Annual administration and progress report of the Indian Medical Department, Bombay
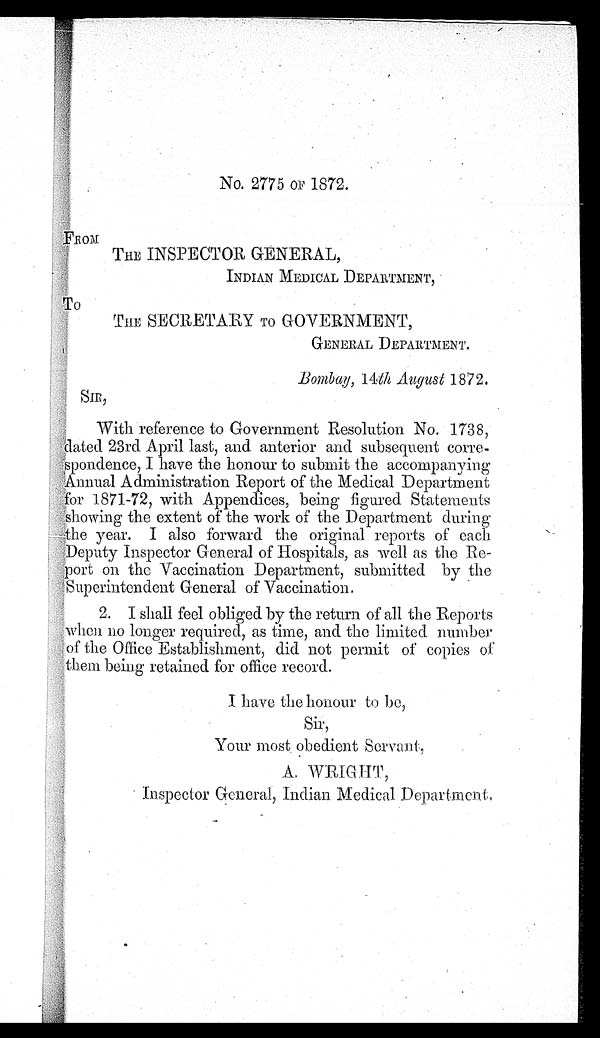
No. 2775 OF 1872.
FROM
THE INSPECTOR GENERAL,
INDIAN MEDICAL DEPARTMENT,
TO
THE SECRETARY TO GOVERNMENT,
GENERAL DEPARTMENT.
Bombay, 14th August 1872.
SIR,
With reference to Government Resolution No. 1738,
dated 23rd April last, and anterior and subsequent corre-
spondence, I have the honour to submit the accompanying
Annual Administration Report of the Medical Department
for 1871-72, with Appendices, being figured Statements
showing the extent of the work of the Department during
the year. I also forward the original reports of each
Deputy Inspector General of Hospitals, as well as the Re-
port on the Vaccination Department, submitted by the
Superintendent General of Vaccination.
2. I shall feel obliged by the return of all the Reports
when no longer required, as time, and the limited number
of the Office Establishment, did not permit of copies of
them being retained for office record.
I have the honour to be,
Sir,
Your most obedient Servant,
A. WRIGHT,
Inspector General, Indian Medical Department.